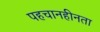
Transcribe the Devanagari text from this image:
पहचानहीनता